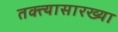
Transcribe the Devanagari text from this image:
तक्त्यासारख्या